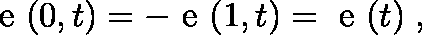
{ \mathrm { \boldmath ~ e ~ } } ( 0 , t ) = - { \mathrm { \boldmath ~ e ~ } } ( 1 , t ) = { \mathrm { \boldmath ~ e ~ } } ( t ) \; ,